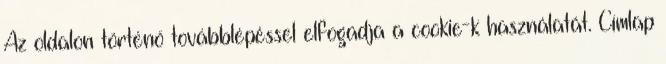
Az oldalon történő továbblépéssel elfogadja a cookie-k használatát. Címlap